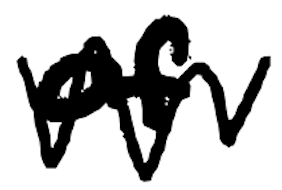
Text: of
Cross-out: zig-zag
Writing tool: digital_black